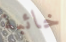
خائبة